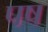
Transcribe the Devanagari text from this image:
पष